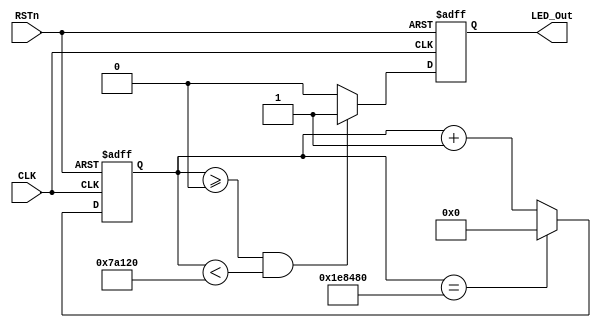
module led0_module
(
    CLK, RSTn, LED_Out
);

    input CLK;
    input RSTn;
    output LED_Out;
    
    /*************************************/
    
    parameter T10MS = 21'd2_000_000;
    
    /*************************************/
    
    reg [20:0]Count1;
    
    always @ ( posedge CLK or negedge RSTn )
      if( !RSTn )	
	        Count1 <= 21'd0;
	    else if( Count1 == T10MS )
	        Count1 <= 21'd0;
	    else
	        Count1 <= Count1 + 1'b1;
	        
	/*************************************/
	
	reg rLED_Out;
	
	always @ ( posedge CLK or negedge RSTn )
        if( !RSTn ) 
            rLED_Out <= 1'b0;
        else if( Count1 >= 21'd0 && Count1 < 21'd500_000 )
            rLED_Out <= 1'b1;
        else 
            rLED_Out <= 1'b0;
            
     /***************************************/
     
     assign LED_Out = rLED_Out;
     
     /***************************************/
              
    
endmodule